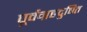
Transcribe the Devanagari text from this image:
पूर्वग्रहदुषित